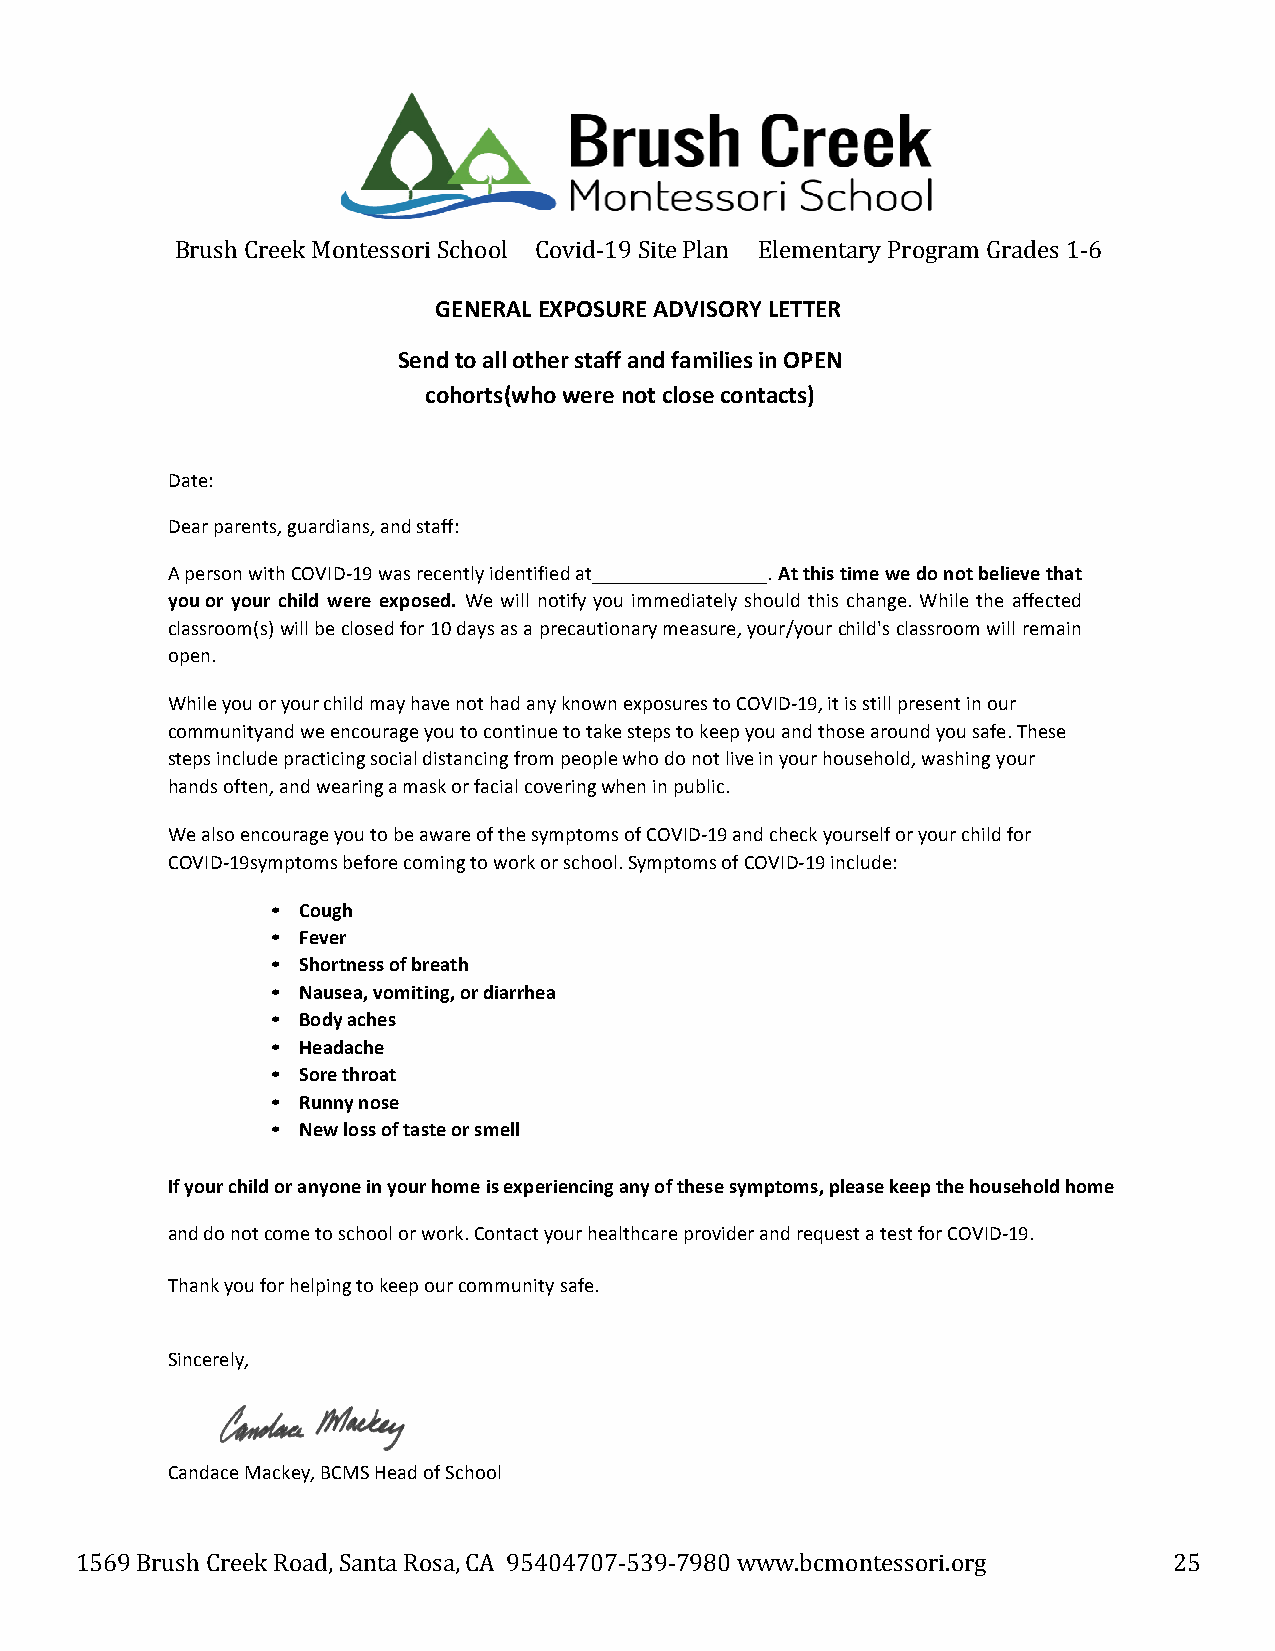
Brush Creek Montessori School Covid-19 Site Plan Elementary Program Grades 1-6
 GENERAL EXPOSURE ADVISORY LETTER
 Send to all other staff and families in OPEN
 cohorts (who were not close contacts)
 Date:
 Dear parents, guardians, and staff:
 A person with COVID-19 was recently identified at . At this time we do not believe that
 you or your child were exposed. We will notify you immediately should this change. While the affected
 classroom(s) will be closed for 10 days as a precautionary measure, your/your child's classroom will remain
 open.
 While you or your child may have not had any known exposures to COVID-19, it is still present in our
 community and we encourage you to continue to take steps to keep you and those around you safe. These
 steps include practicing social distancing from people who do not live in your household, washing your
 hands often, and wearing a mask or facial covering when in public.
 We also encourage you to be aware of the symptoms of COVID-19 and check yourself or your child for
 COVID-19 symptoms before coming to work or school. Symptoms of COVID-19 include:
 • Cough
 • Fever
 • Shortness of breath
 • Nausea, vomiting, or diarrhea
 • Body aches
 • Headache
 • Sore throat
 • Runny nose
 • New loss of taste or smell
 If your child or anyone in your home is experiencing any of these symptoms, please keep the household home
 and do not come to school or work. Contact your healthcare provider and request a test for COVID-19.
 Thank you for helping to keep our community safe.
 Sincerely,
 Candace Mackey, BCMS Head of School
 1569 Brush Creek Road, Santa Rosa, CA 95404707-539-7980 www.bcmontessori.org 25